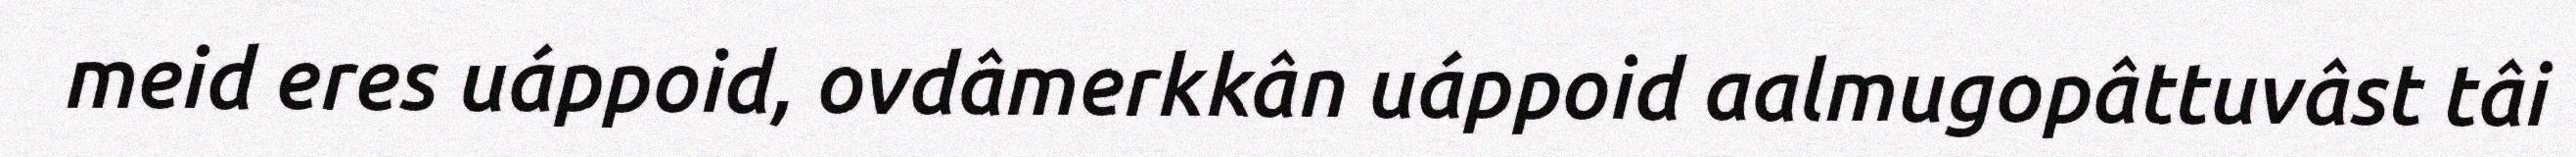
meid eres uáppoid, ovdâmerkkân uáppoid aalmugopâttuvâst tâi